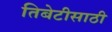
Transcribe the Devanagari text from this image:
तिबेटीसाठी